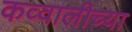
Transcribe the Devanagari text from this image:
कव्वालीच्या